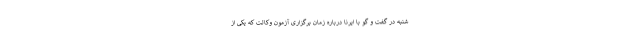
شنبه در گفت و گو با ایرنا درباره زمان برگزاری آزمون وکالت که یکی از